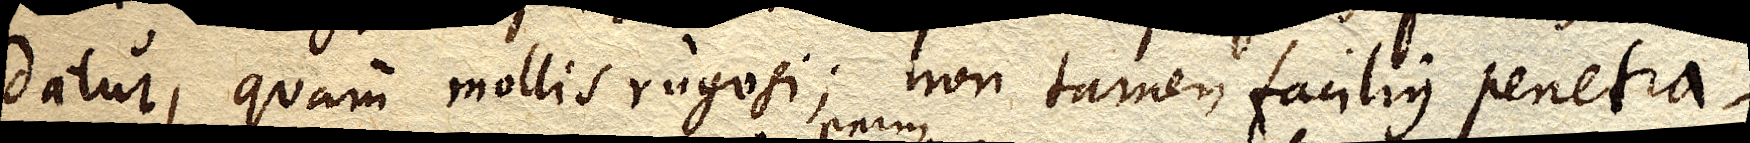
datur, quam mollis rugosi; non tamen facilius penetra–